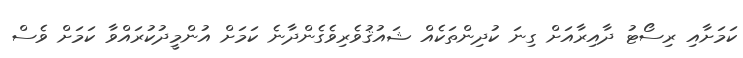
ކަމަށާއި ރިސޯޓު ދާއިރާއަށް ގިނަ ކުދިންތަކެއް ޝައުޤުވެރިވެގެންދާނެ ކަމަށް އުންމީދުކުރައްވާ ކަމަށް ވެސް